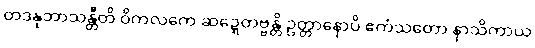
တဒနုဘာသန္တီတိ ဝိကလကေ ဆဍ္ဍေတဗ္ဗန္တိ ဥတ္တာနောပိ ဧကံသတော နာသိကာယ